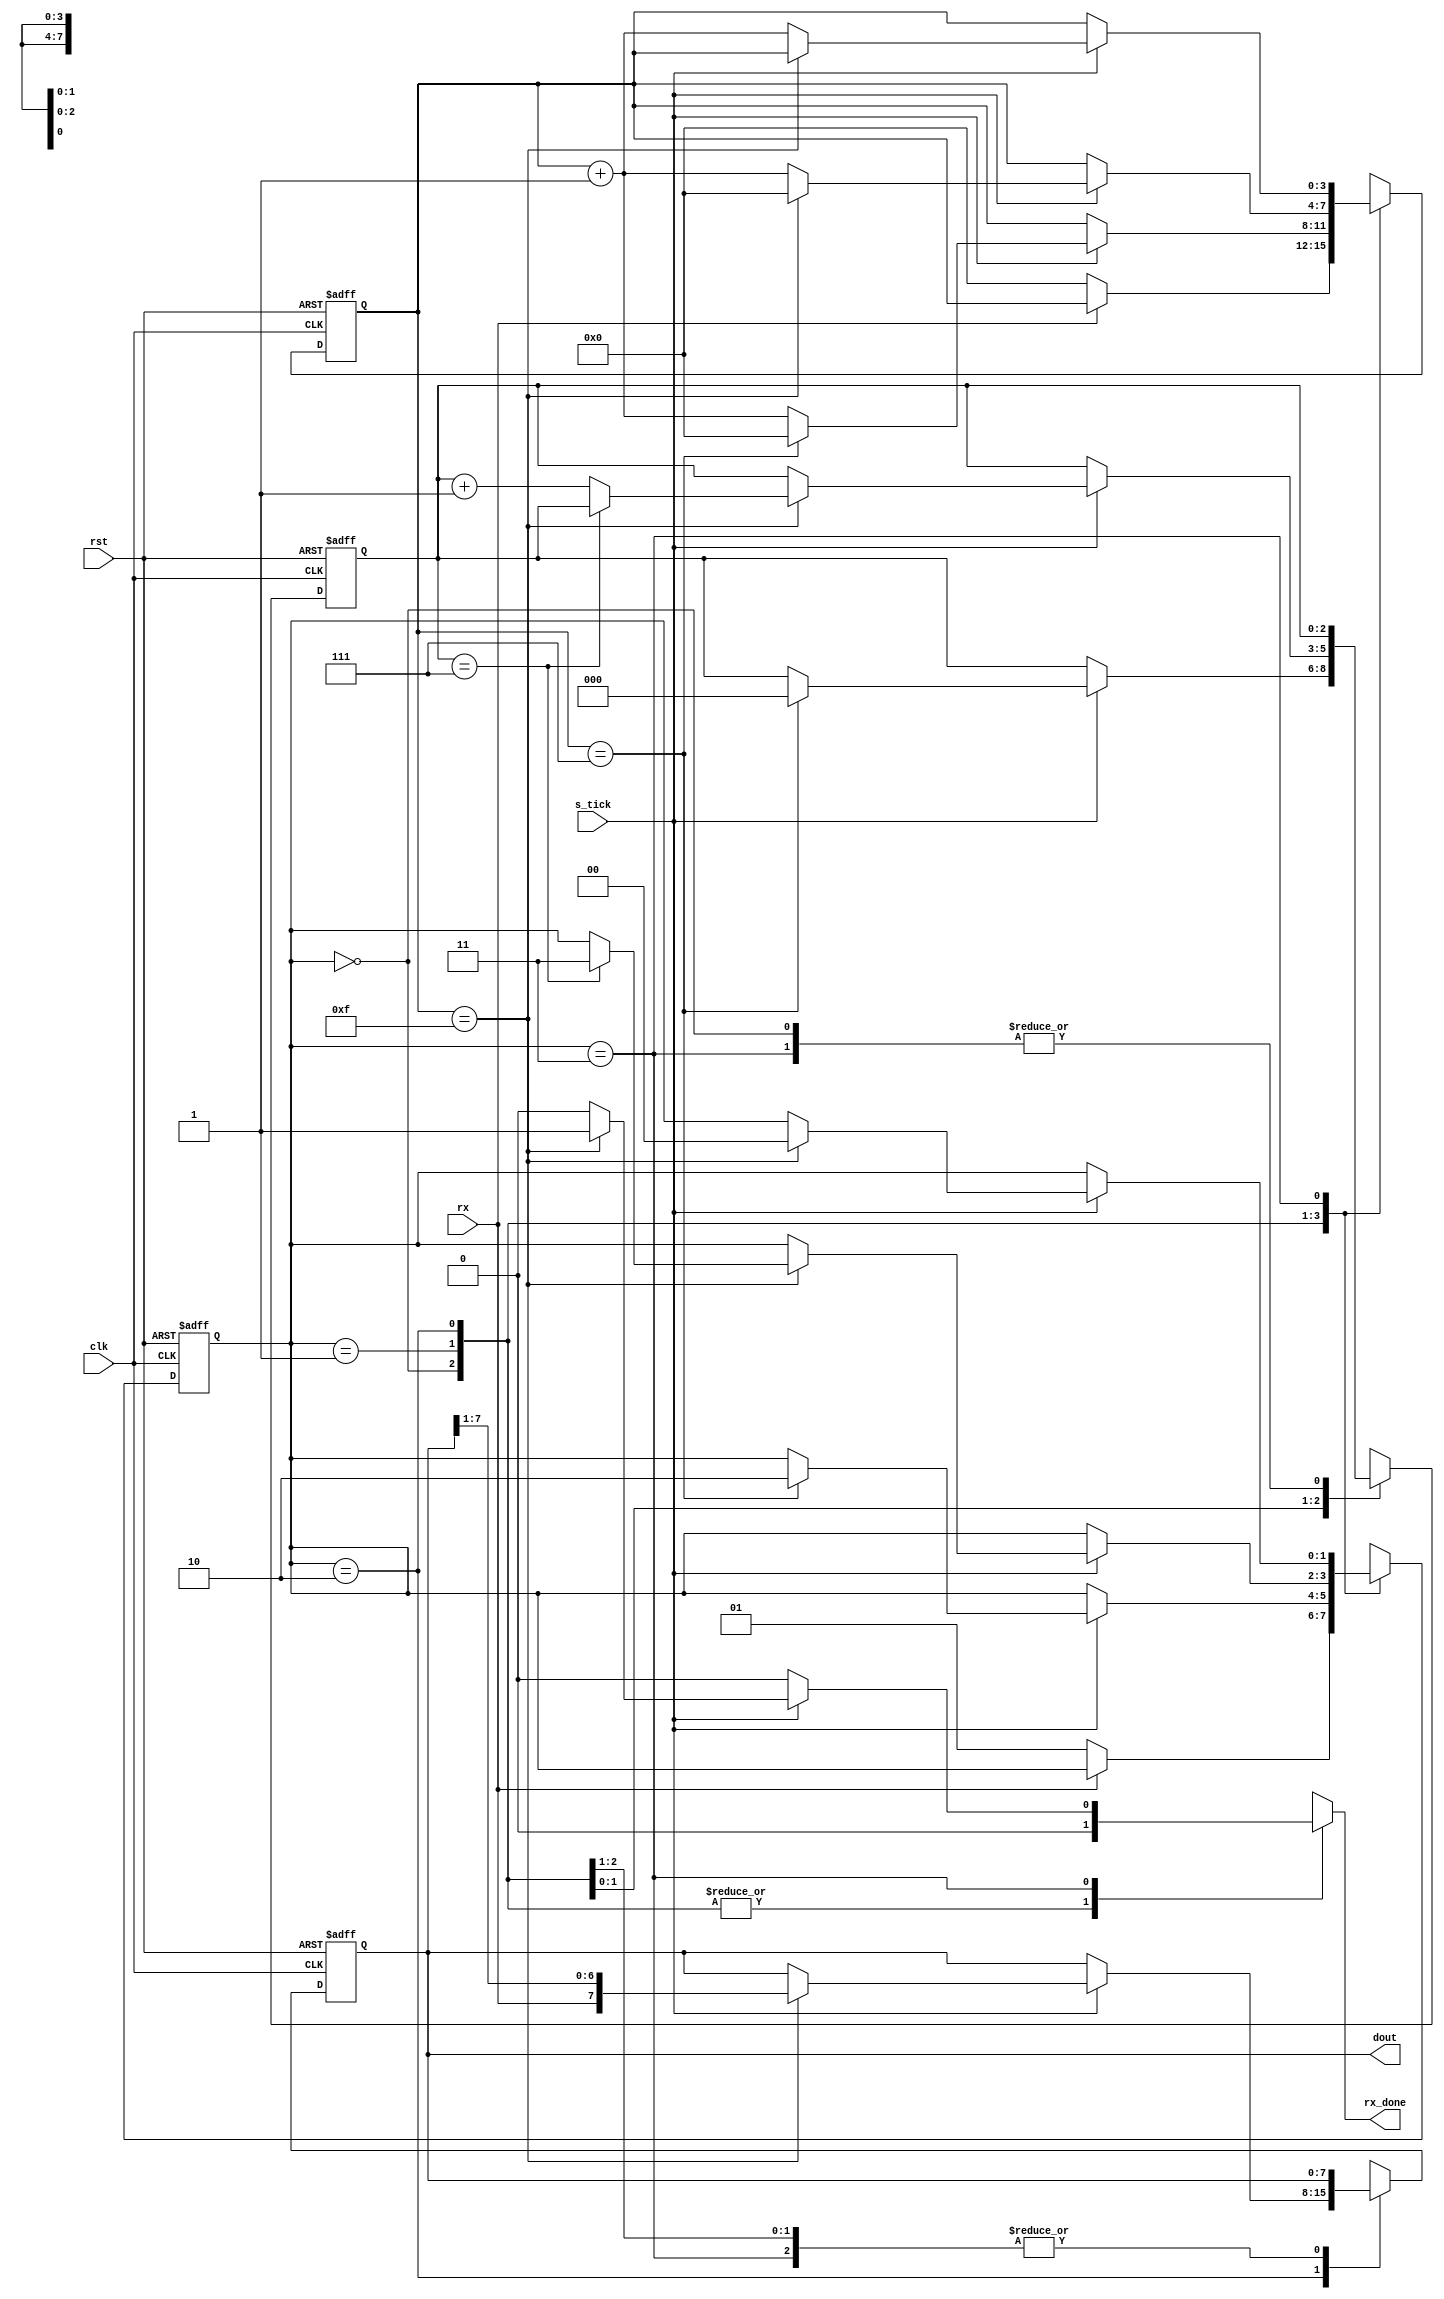
`timescale 1ns / 1ps
module Rx 
	#(parameter LEN_DATA 		= 8,
				STOP_BIT_COUNT	= 16
	)
	(
	input 	wire 					clk,
	input	wire 					rst,
	input 	wire 					rx,		//dato de entrada
	input 	wire					s_tick,	//sampler
	output 	reg 					rx_done,//termino de recibir
	output 	wire [7 : 0] 			dout 	//byte recibido
);
	//declaracion de los estados
	localparam [1 : 0] idle 	= 2'b00;
	localparam [1 : 0] start	= 2'b01;
	localparam [1 : 0] data 	= 2'b10;
	localparam [1 : 0] stop 	= 2'b11;

	//variables locales
	//estado de la FSMD
	reg [1 : 0] state_reg, state_next;
	//Contador para la sincronizacion
	reg [3 : 0] s_reg, s_next;
	//Contador de bits recibidos
	reg [2 : 0] n_reg, n_next;
	//Buffer donde se almacenan los bits recibidos
	reg [7 : 0] b_reg, b_next;

	//FSMD state and data register
	always @(posedge clk or negedge rst) begin
		if(~rst) begin
			 state_reg 	<= idle;
			 s_reg 		<= 0;
			 n_reg		<= 0;
			 b_reg 		<= 0; 
		end else begin
			 state_reg 	<= state_next;
			 s_reg 		<= s_next;
			 n_reg 		<= n_next;
			 b_reg 		<= b_next;
		end
	end

	always @(*) begin
		//Esto son lo default
		rx_done 	= 1'b0;
		state_next 	= state_reg;
		s_next 		= s_reg;
		n_next 		= n_reg;
		b_next 		= b_reg;
		case (state_reg)
			idle: begin
				if(~rx) begin
					state_next = start;
					s_next = 0;
				end
			end // idle:
			start: begin
				if(s_tick) begin
					if(s_reg == 7) begin
						state_next = data;
						s_next = 0;
						n_next = 0;
					end
					else begin
						s_next = s_reg + 1;
					end
				end
			end // start:
			data: begin
				if (s_tick)begin
					if(s_reg == 15) begin
						s_next = 0;
						b_next = {rx, b_reg[7:1]};
						if(n_reg == LEN_DATA - 1) begin
							state_next = stop;
						end
						else begin
							n_next = n_reg + 1;
						end
					end
					else begin
						s_next = s_reg + 1;
					end
				end
			end // data:
			stop: begin
				if(s_tick) begin
					if(s_reg == STOP_BIT_COUNT - 1) begin
						state_next = idle;
						rx_done = 1'b1;
					end
					else begin
						s_next = s_reg + 1;
					end
				end
			end // stop:
		endcase
	end
	assign dout = b_reg;
endmodule